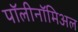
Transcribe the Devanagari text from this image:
पॉलीनॉमिअल